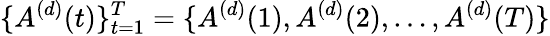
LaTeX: \{ A^{(d)}(t)\} _{t=1}^{T}=\{ A^{(d)}(1),A^{(d)}(2),\dots,A^{(d)}(T)\}